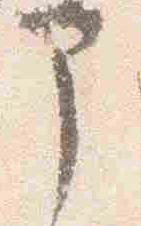
部